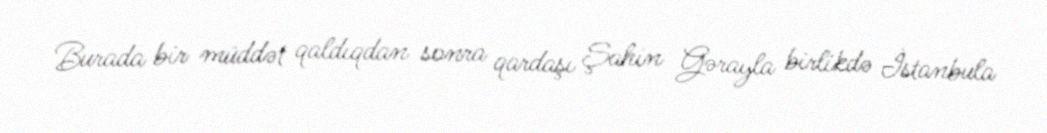
Burada bir müddət qaldıqdan sonra qardaşı Şahin Gərayla birlikdə İstanbula